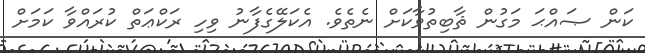
ކަން ޞައްޙަ މަގުން ޘާބިތުވާކަށް ނެތެވެ. އެކަލޭގެފާނު ވިހި ރަކްޢަތް ކުރައްވާ ކަމަށް